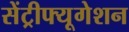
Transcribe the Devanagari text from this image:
सेंट्रीफ्यूगेशन